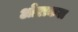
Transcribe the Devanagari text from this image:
ओराकल